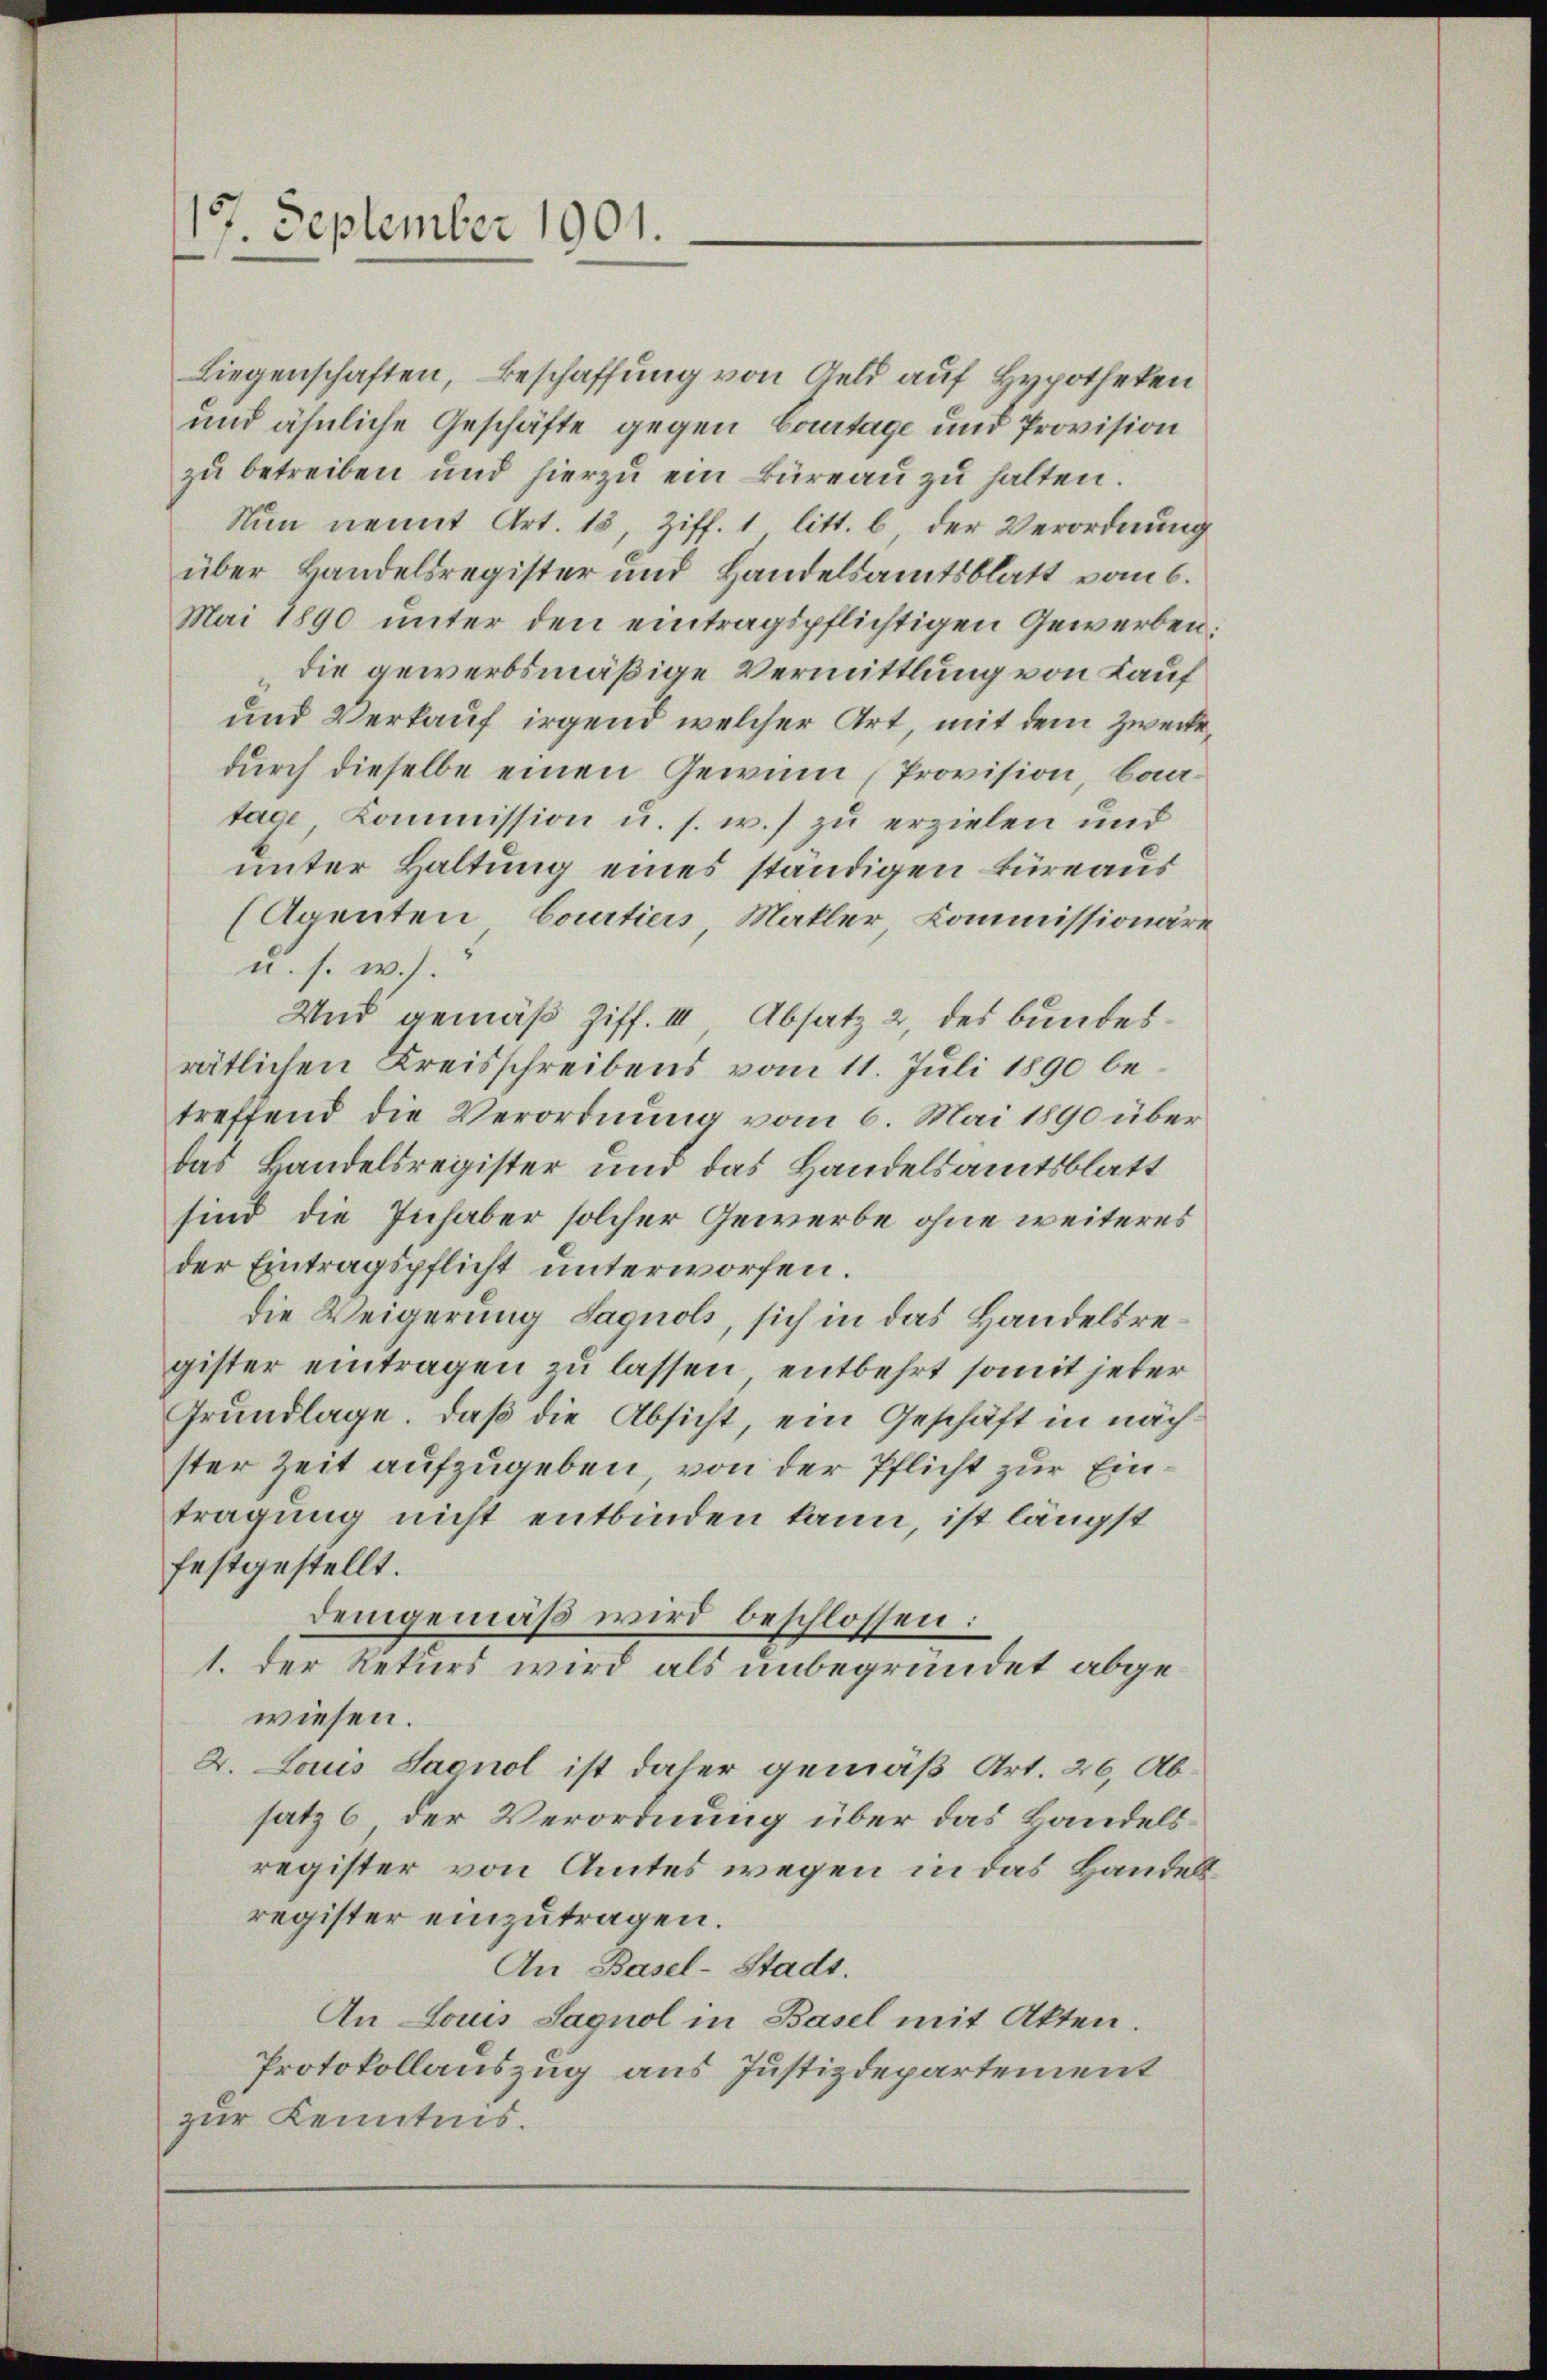
177. September 1901.

Liegenschaften, Beschaffung von Geld auf Hypotheken
und ähnliche Geschäfte gegen Courtage und Provision
zŭ betreiben und hierzŭ ein Büreaŭ zŭ halten.
Nun nennt Art. 15, Ziff. 1 litt. b, der Verordnung
über Handelsregister und Handelsamtsblatt vom 6.
Mai 1890 unter den eintragspflichtigen Gewerben.
die gewerbsmäßige Vermittlung von Kauf
und Verkauf irgend welcher Art, mit dem Zwecke
durch dieselbe einen Gewinn, Provision, baatage, Kommission u. s. w.) zu erzielen und
unter Haltung eines ständigen Büreaus
(Agenten, Courtier, Makler, Kommissionäre
u. s. w.).
Und gemäß Ziff. III Absatz 2 des bundesrätlichen Kreisschreibens vom 11. Juli 1890 betreffend die Verordnung vom 6. Mai 1890 über
das Handelsregister und das Handelsamtsblatt
sind die Inhaber solcher Gewerbe ohne weiteres
der Eintragspflicht unterworfen.
die Weigerung Saguols, sich in das Handelsregister eintragen zu lassen, entbehrt somit jeder
Grundlage, daß die Absicht, ein Geschäft in nächster Zeit aufzugeben, von der Pflicht zur Eintragung nicht entbinden kann, ist längst
festgestellt.
demgemäß wird beschlossen:
1. Der Rekurs wird als unbegründet abgewiesen.
2. Laus Sacnol ist daher gemäß Art. 26, Absatz 6 der Verordnung über das Bandelsregister von Amtes wegen in das Handelsregister einzutragen.
An Basel-Stadt.
An Louis Sagnol in Basel mit Akten.
Protokollauszug aus Justizdepartement
zur Kenntnis.